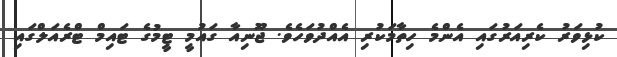
ކުޅިވަރު ކެރިއަރުގައި އެންމެ ހިތާމަކުރި އެއްދުވަހެވެ. ޖޫނިއާ ގައުމީ ޓީމުގެ ޓައިމް ޓްރެއަލްގައި